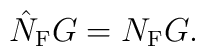
\hat{N}_{\rm F}G=N_{\rm F}G.